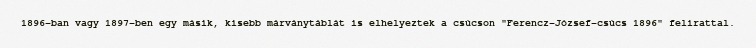
1896-ban vagy 1897-ben egy másik, kisebb márványtáblát is elhelyeztek a csúcson "Ferencz-József-csúcs 1896" felirattal.